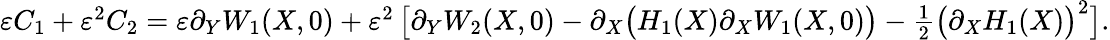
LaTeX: \begin{array}{r}{\varepsilon C_{1}+\varepsilon^{2}C_{2}=\varepsilon\partial_{Y}W_{1}(X,0)+\varepsilon^{2}\left[\partial_{Y}W_{2}(X,0)-\partial_{X}\big(H_{1}(X)\partial_{X}W_{1}(X,0)\big)-\frac{1}{2}\big(\partial_{X}H_{1}(X)\big)^{2}\right].}\end{array}